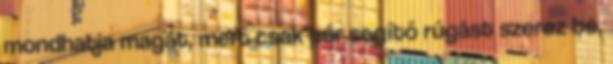
mondhatja magát, mert csak pár segítő rúgást szerez be,